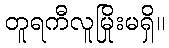
တူရကီလူမြိုးမရှိ။